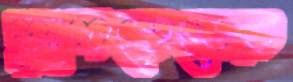
ফুলবেডের